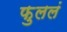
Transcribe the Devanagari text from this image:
फुललं